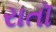
રાતૉ